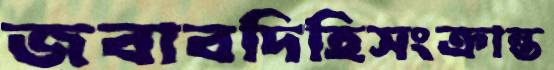
জবাবদিহিসংক্রান্ত